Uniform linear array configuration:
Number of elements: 12
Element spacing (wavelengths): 0.5
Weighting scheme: hamming
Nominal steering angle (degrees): -15
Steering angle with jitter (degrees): -15.973
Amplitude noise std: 0.05
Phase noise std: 0.05

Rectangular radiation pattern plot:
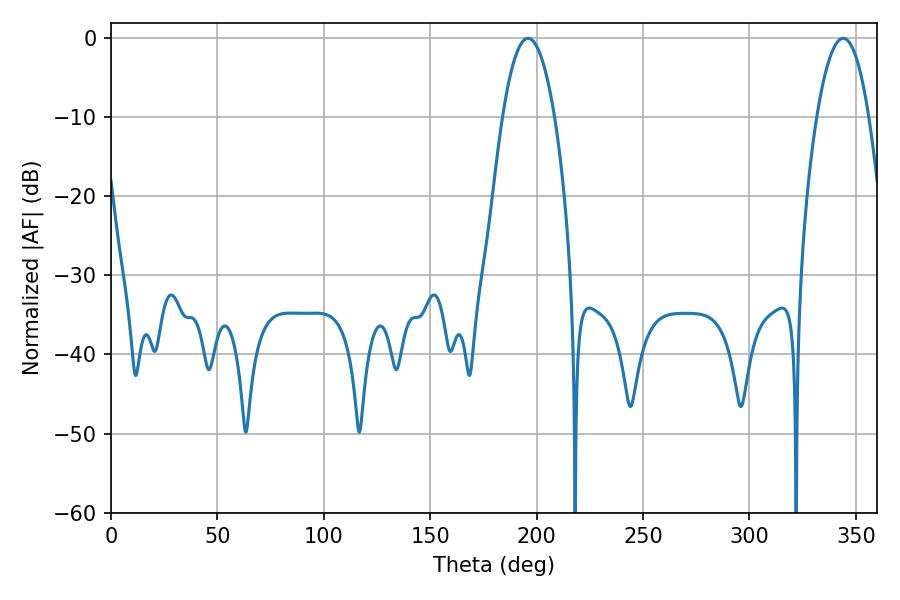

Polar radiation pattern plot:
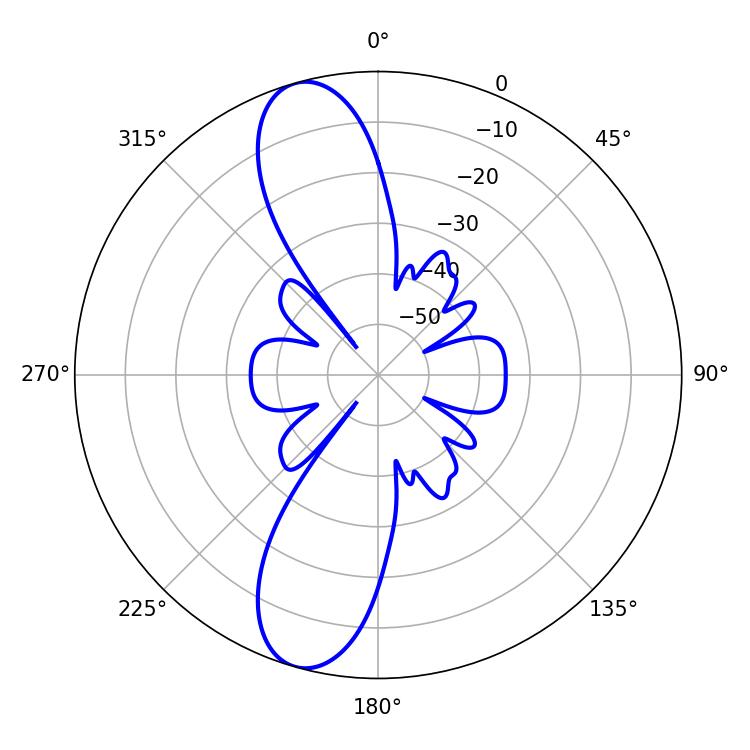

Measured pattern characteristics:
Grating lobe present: FALSE
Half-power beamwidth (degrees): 13.5
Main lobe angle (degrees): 196.02